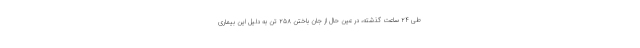
طی ۲۴ ساعت گذشته، در عین حال از جان باختن ۲۵۸ تن به دلیل این بیماری